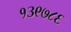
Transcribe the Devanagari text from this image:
१३९७८६